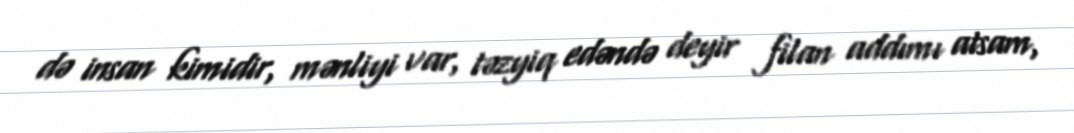
də insan kimidir, mənliyi var, təzyiq edəndə deyir filan addımı atsam,